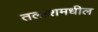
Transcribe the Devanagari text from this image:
तलाशमधील